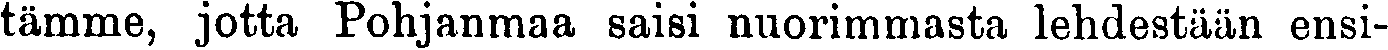
tämme, jotta Pohjanmaa saisi nuorimmasta lehdestään ensi-